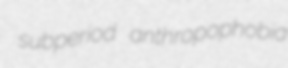
subperiod anthropophobia